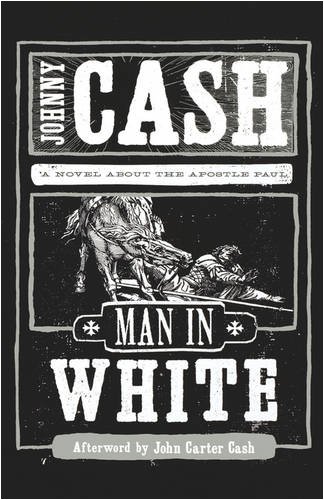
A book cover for Man in White; Johnny Cash; Christian Books & Bibles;